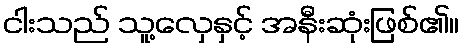
ငါးသည် သူ့လှေနှင့် အနီးဆုံးဖြစ်၏။